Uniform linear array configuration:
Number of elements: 16
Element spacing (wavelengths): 0.25
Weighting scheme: blackman
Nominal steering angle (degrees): -30
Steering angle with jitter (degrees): -31.199
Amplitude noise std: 0.05
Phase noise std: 0.05

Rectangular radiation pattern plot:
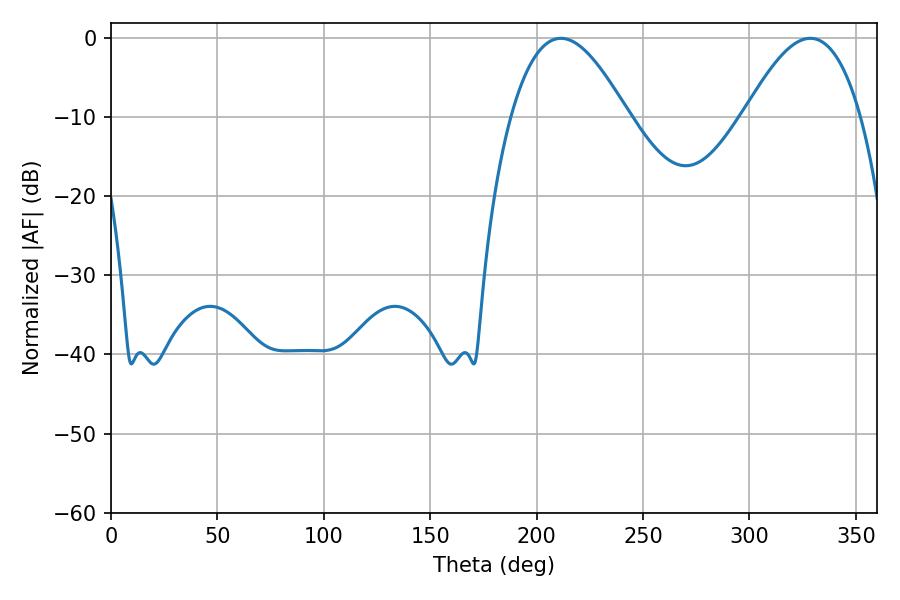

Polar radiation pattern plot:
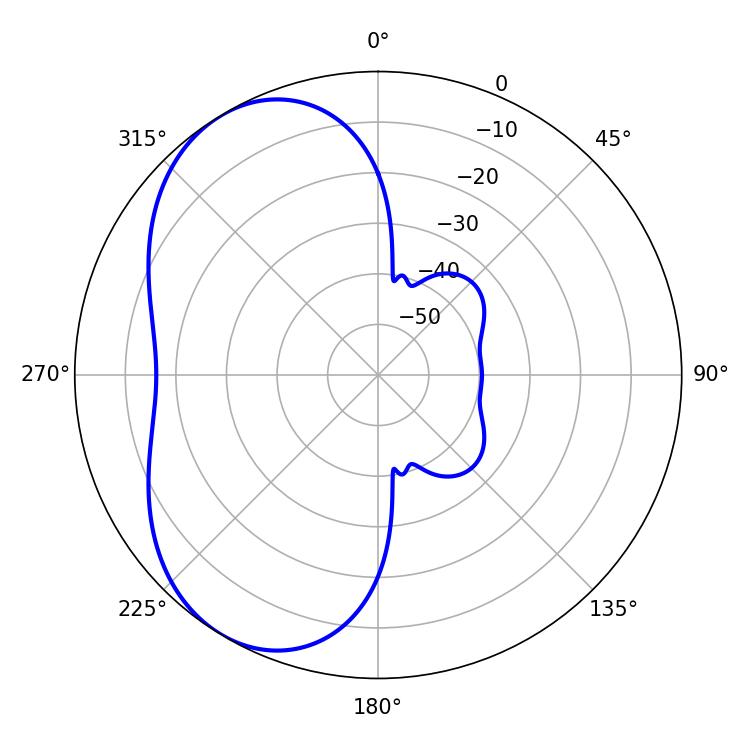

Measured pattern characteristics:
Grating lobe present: FALSE
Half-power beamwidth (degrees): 29.7
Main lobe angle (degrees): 211.32